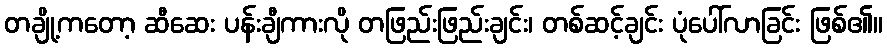
တချို့ကတော့ ဆီဆေး ပန်းချီကားလို တဖြည်းဖြည်းချင်း၊ တစ်ဆင့်ချင်း ပုံပေါ်လာခြင်း ဖြစ်၏။